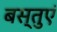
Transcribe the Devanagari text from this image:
बस्तुएं